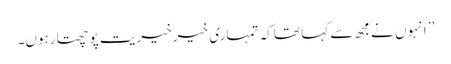
’’ انہوں نے مجھ سے کہا تھا کہ تمہاری خیر خیریت پوچھتا رہوں۔